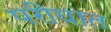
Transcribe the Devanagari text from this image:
परीघात